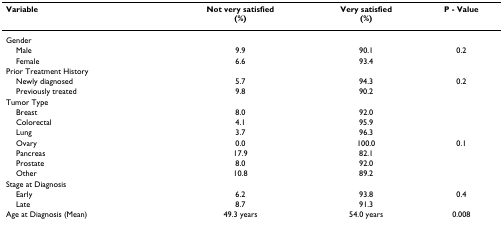
<table><thead><tr><td><b>Variable</b></td><td><b>Not very satisfied(%)</b></td><td><b>Very satisfied(%)</b></td><td><b>P - Value</b></td></tr></thead><tbody><tr><td>Gender</td><td></td><td></td><td></td></tr><tr><td> Male</td><td>9.9</td><td>90.1</td><td>0.2</td></tr><tr><td> Female</td><td>6.6</td><td>93.4</td><td></td></tr><tr><td>Prior Treatment History</td><td></td><td></td><td></td></tr><tr><td> Newly diagnosed</td><td>5.7</td><td>94.3</td><td>0.2</td></tr><tr><td> Previously treated</td><td>9.8</td><td>90.2</td><td></td></tr><tr><td>Tumor Type</td><td></td><td></td><td></td></tr><tr><td> Breast</td><td>8.0</td><td>92.0</td><td></td></tr><tr><td> Colorectal</td><td>4.1</td><td>95.9</td><td></td></tr><tr><td> Lung</td><td>3.7</td><td>96.3</td><td></td></tr><tr><td> Ovary</td><td>0.0</td><td>100.0</td><td>0.1</td></tr><tr><td> Pancreas</td><td>17.9</td><td>82.1</td><td></td></tr><tr><td> Prostate</td><td>8.0</td><td>92.0</td><td></td></tr><tr><td> Other</td><td>10.8</td><td>89.2</td><td></td></tr><tr><td>Stage at Diagnosis</td><td></td><td></td><td></td></tr><tr><td> Early</td><td>6.2</td><td>93.8</td><td>0.4</td></tr><tr><td> Late</td><td>8.7</td><td>91.3</td><td></td></tr><tr><td>Age at Diagnosis (Mean)</td><td>49.3 years</td><td>54.0 years</td><td>0.008</td></tr></tbody></table>